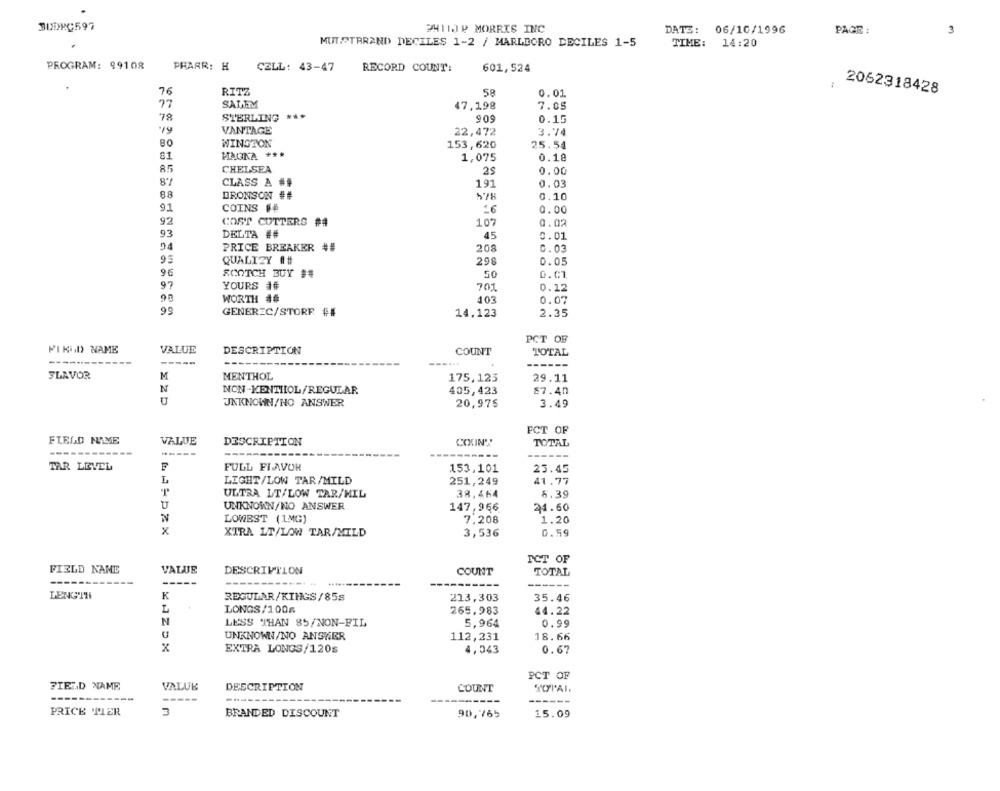
JUDEC597
PHIIJP MORRIS INC
DATE: 06/10/1996
PAGE :
3
MUTPTRRAND DECILES 1-2 / MARLBORO DECILES 1-5
TIME:
14:20
PROGRAM: 99108
PHARR: H
CELL: 43-47
RECORD COUNT:
601,524
76
RITZ
58
0.01
2062318428
SALEM
77
47,198
7.05
78
STERLING ***
909
0.15
VANTAGE
22,472
3.74
WINGTON
80
153,620
25.54
81
MAGKA ***
1,075
0.18
85
CHELSEA
25
0.00
CLASS A ##
191
0.03
DRONSON ##
0.10
COINS ##
91
0.00
92
107
0.02
COST CUTTERS ##
93
DELTA ##
45
0.01
94
PRICE BREAKER ##
208
0.03
95
QUALIZY ##
298
0.05
96
SCOTCH BUY ##
50
D.C1
97
YOURS ##
701
0.12
98
WORTH ##
103
0.07
99
GENEREC/STORE ##
14,123
2.35
PCT OF
PIKLO NAME
VALUE
DESCRIPTION
COUNT
TOTAL
--------
------
SLAVOR
M
MENTHOL
175,123
29.11
N
NON-KENTHOL/REGULAR
405,423
87.40
UNKNOWN/NO ANSWER
20,975
3.49
FCT OF
FIELD NAME
VALUE
DESCRIPTION
COUNT'
TOTAL
------
------
TAR LEVEL
FULL FLAVOR
153,101
25.45
L
LIGHT/LOW TAR/MILD
251,249
41.77
ULTRA LT/LOW TAR/MIL
38,464
6.39
UNKNOWN/NO ANSWER
21.60
147,966
N
LOWBST (1MG)
7,208
1.20
x
XTRA LT/LOW TAR/MILD
3,536
0.59
ICT OF
FIELD NAME
VALUE
DESCRIPTION
COUNT
TOTAL
----
---
------
LENGTH
K
REGULAR/KINGS/85s
213,303
35.46
LONGS/1006
265.983
44.22
LESS THAN 85/NON-FIL
5,964
0.99
UNKNOWN/NO ANSWER
112,231
18.66
EXTRA LONGS/120s
4,043
0.67
PCT OF
FIELD NAME
VALUE
DESCRIPTION
COUNT
TOTAL.
------
----
------
PRICE TIER
BRANDED DISCOUNT
15.09
90,765